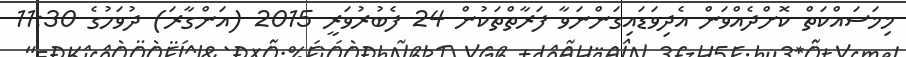
މިމަސައްކަތް ކޮށްދެއްވަން އެދިވަޑައިގަންނަވާ ފަރާތްތަކުން 24 ފެބުރުވަރީ 2015 (އަންގާރަ) ދުވަހުގެ 11:30